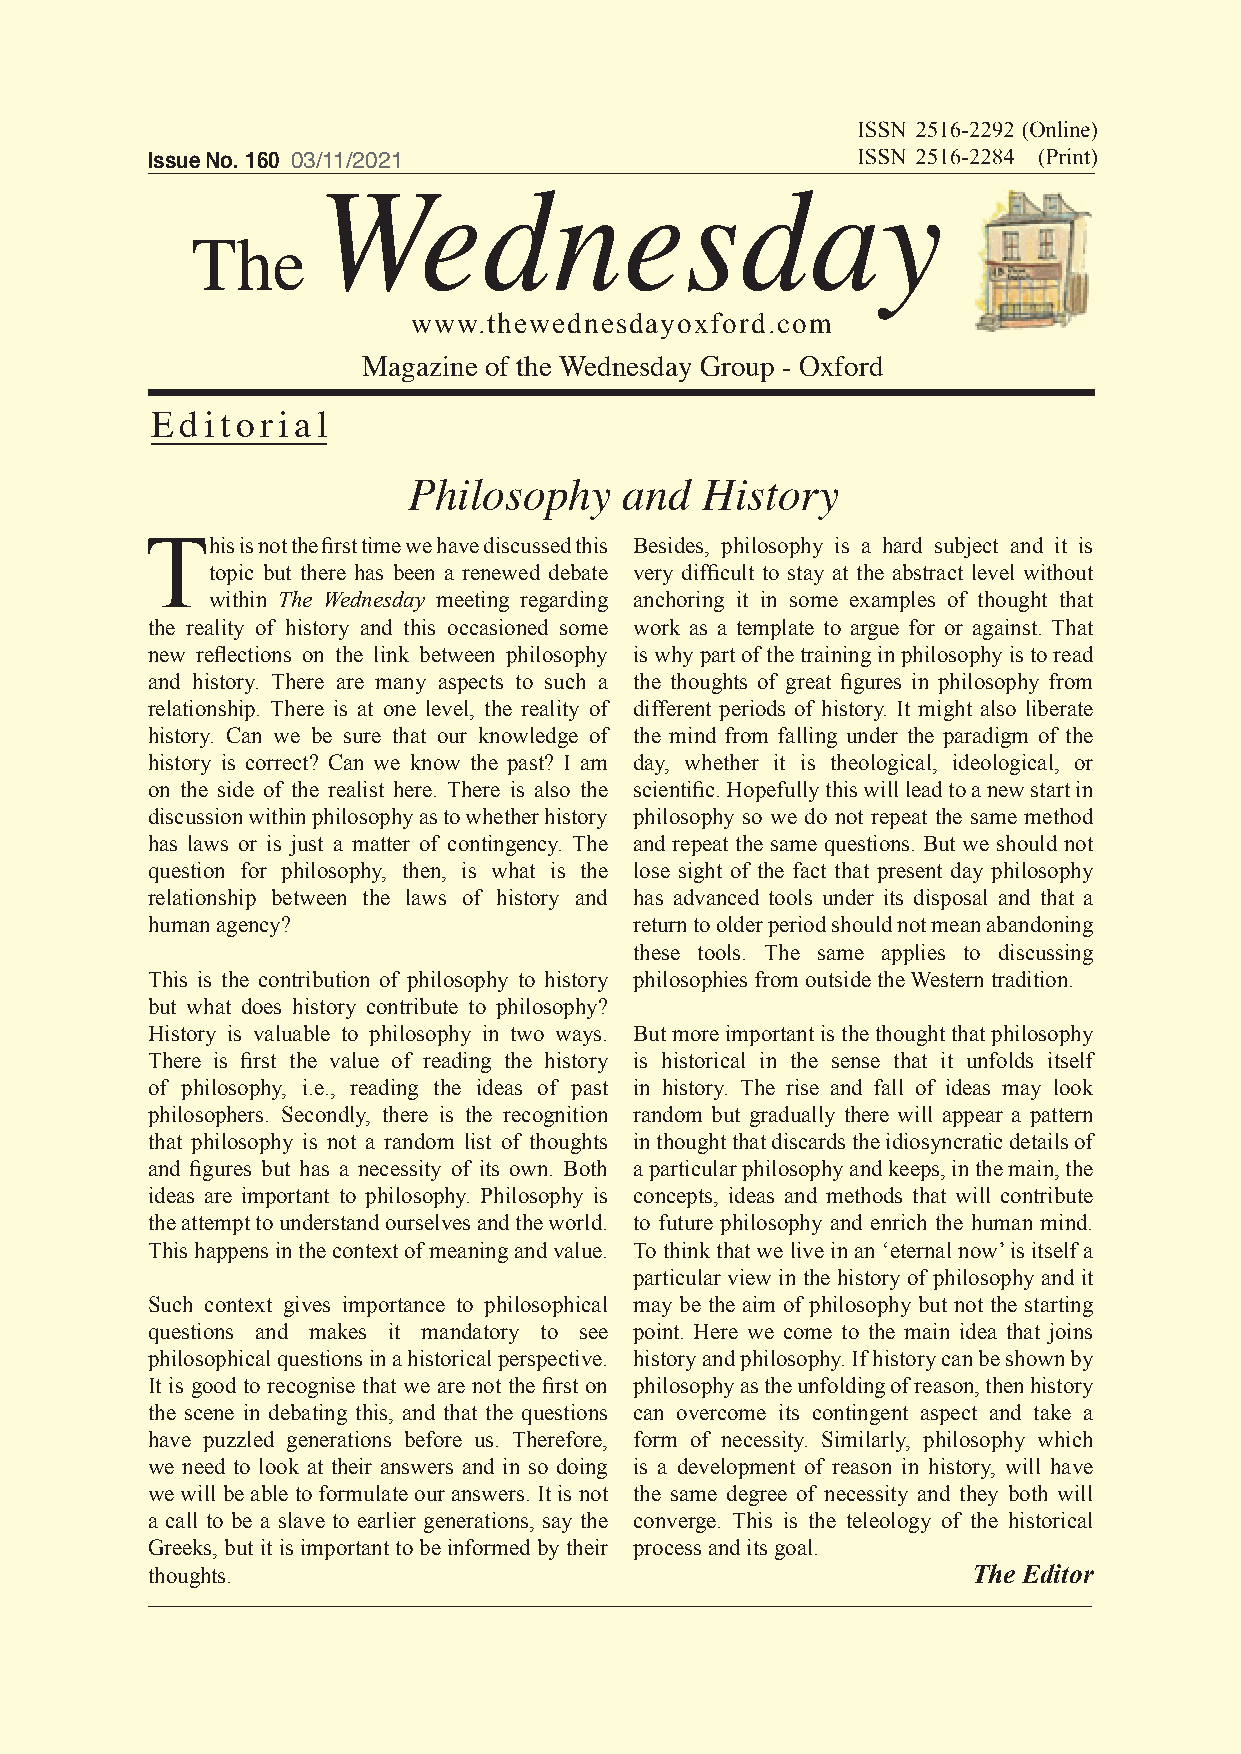
Issue No. 160 03/11/2021
 Wednesday
 The
 www.thewednesdayoxford.com
 Magazine of the Wednesday Group - Oxford
 Editorial
 Philosophy    and   History
 This  is not the first time we have discussed this Besides, philosophy is a hard subject and it is
 topic but there has been a renewed debate very difficult to stay at the abstract level without
 within The Wednesday meeting regarding anchoring it in some examples of thought that
 the reality of history and this occasioned some work as a template to argue for or against. That
 new reflections on the link between philosophy is why part of the training in philosophy is to read
 and history. There are many aspects to such a the thoughts of great figures in philosophy from
 relationship. There is at one level, the reality of different periods of history. It might also liberate
 history. Can we be sure that our knowledge of the mind from falling under the paradigm of the
 history is correct? Can we know the past? I am day, whether it is theological, ideological, or
 on the side of the realist here. There is also the scientific. Hopefully this will lead to a new start in
 discussion within philosophy as to whether history philosophy so we do not repeat the same method
 has laws or is just a matter of contingency. The and repeat the same questions. But we should not
 question for philosophy, then, is what is the lose sight of the fact that present day philosophy
 relationship between the laws of history and has advanced tools under its disposal and that a
 human agency?                   return to older period should not mean abandoning
 these tools. The same applies to discussing
 This is the contribution of philosophy to history philosophies from outside the Western tradition.
 but what does history contribute to philosophy?
 History is valuable to philosophy in two ways. But more important is the thought that philosophy
 There is first the value of reading the history is historical in the sense that it unfolds itself
 of philosophy, i.e., reading the ideas of past in history. The rise and fall of ideas may look
 philosophers. Secondly, there is the recognition random but gradually there will appear a pattern
 that philosophy is not a random list of thoughts in thought that discards the idiosyncratic details of
 and figures but has a necessity of its own. Both a particular philosophy and keeps, in the main, the
 ideas are important to philosophy. Philosophy is concepts, ideas and methods that will contribute
 the attempt to understand ourselves and the world. to future philosophy and enrich the human mind.
 This happens in the context of meaning and value. To think that we live in an ‘eternal now’ is itself a
 particular view in the history of philosophy and it
 Such context gives importance to philosophical may be the aim of philosophy but not the starting
 questions and makes it mandatory to see point. Here we come to the main idea that joins 1
 philosophical questions in a historical perspective. history and philosophy. If history can be shown by
 It is good to recognise that we are not the first on philosophy as the unfolding of reason, then history
 the scene in debating this, and that the questions can overcome its contingent aspect and take a
 have puzzled generations before us. Therefore, form of necessity. Similarly, philosophy which
 we need to look at their answers and in so doing is a development of reason in history, will have
 we will be able to formulate our answers. It is not the same degree of necessity and they both will
 a call to be a slave to earlier generations, say the converge. This is the teleology of the historical
 Greeks, but it is important to be informed by their process and its goal.
 thoughts.                                             The Editor
 Issue No. 160 03/11/2021 The Wednesday